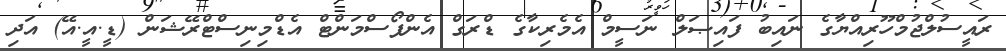
ރައީސުލްޖުމްހޫރިއްޔާގެ ނައިބު ފައިޞަލް ނަސީމް އެމެރިކާގެ ޑްރަގް އެންފޯސްމަންޓް އެޑްމިނިސްޓްރޭޝަން (ޑީ.އީ.އޭ) އަދި